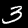
Digit: 3